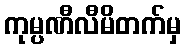
ကုမ္ပဏီလီမိတက်မှ